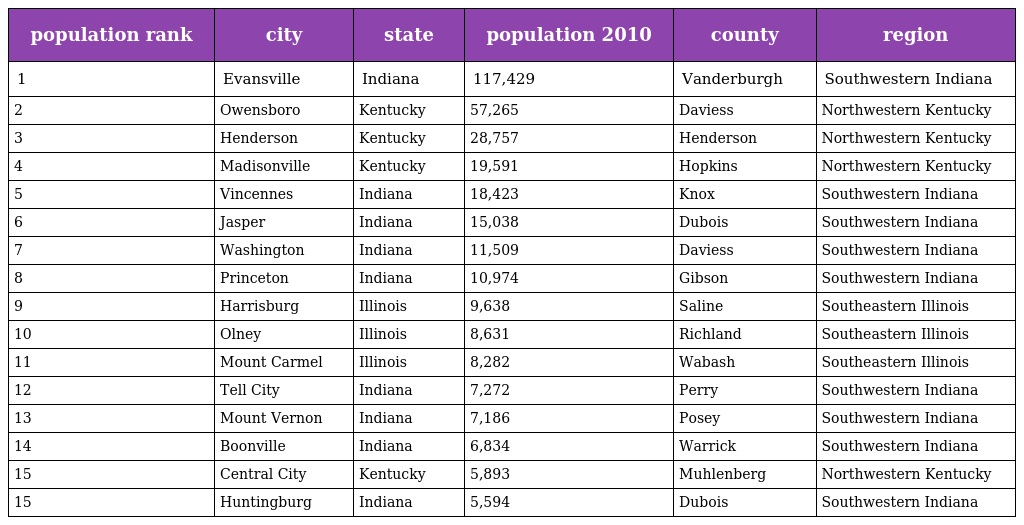
| population rank | city | state | population 2010 | county | region |
 | --- | --- | --- | --- | --- | --- |
 | 1 | Evansville | Indiana | 117,429 | Vanderburgh | Southwestern Indiana |
 | 2 | Owensboro | Kentucky | 57,265 | Daviess | Northwestern Kentucky |
 | 3 | Henderson | Kentucky | 28,757 | Henderson | Northwestern Kentucky |
 | 4 | Madisonville | Kentucky | 19,591 | Hopkins | Northwestern Kentucky |
 | 5 | Vincennes | Indiana | 18,423 | Knox | Southwestern Indiana |
 | 6 | Jasper | Indiana | 15,038 | Dubois | Southwestern Indiana |
 | 7 | Washington | Indiana | 11,509 | Daviess | Southwestern Indiana |
 | 8 | Princeton | Indiana | 10,974 | Gibson | Southwestern Indiana |
 | 9 | Harrisburg | Illinois | 9,638 | Saline | Southeastern Illinois |
 | 10 | Olney | Illinois | 8,631 | Richland | Southeastern Illinois |
 | 11 | Mount Carmel | Illinois | 8,282 | Wabash | Southeastern Illinois |
 | 12 | Tell City | Indiana | 7,272 | Perry | Southwestern Indiana |
 | 13 | Mount Vernon | Indiana | 7,186 | Posey | Southwestern Indiana |
 | 14 | Boonville | Indiana | 6,834 | Warrick | Southwestern Indiana |
 | 15 | Central City | Kentucky | 5,893 | Muhlenberg | Northwestern Kentucky |
 | 15 | Huntingburg | Indiana | 5,594 | Dubois | Southwestern Indiana |